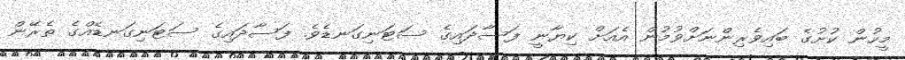
މީހުން ކުށުގެ ބައިވެރިންނަށްވުމުން އެއަށް ކިޔާނީ ފަސާދައިގެ ސަޓަނިގަނޑެވެ. ފަސާދައިގެ ސަޓަނިގަނޑެއްގެ ތެރޭން